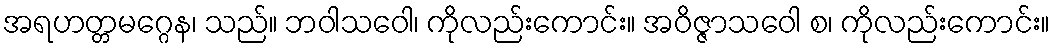
အရဟတ္တမဂ္ဂေန၊ သည်။ ဘဝါသဝေါ၊ ကိုလည်းကောင်း။ အဝိဇ္ဇာသဝေါ စ၊ ကိုလည်းကောင်း။